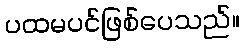
ပထမပင်ဖြစ်ပေသည်။